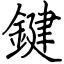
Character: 鍵